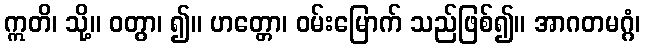
ဣတိ၊ သို့။ ဝတွာ၊ ၍။ ဟတ္တော၊ ဝမ်းမြောက် သည်ဖြစ်၍။ အာဂတမဂ္ဂံ၊